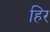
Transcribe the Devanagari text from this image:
हिर